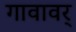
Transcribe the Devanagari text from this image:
गावावर्